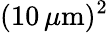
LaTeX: (10\, \mu\mathrm{m})^{2}